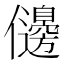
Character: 𠑟